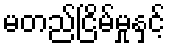
မတည်ငြိမ်မှုနှင့်